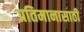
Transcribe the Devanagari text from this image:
प्रतिमानासाठी